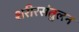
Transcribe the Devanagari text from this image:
शरीरसंतुलन